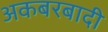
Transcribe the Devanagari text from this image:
अकबरबादी